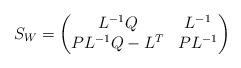
LaTeX: \begin{align*}S_{W}=\begin{pmatrix}L^{-1}Q & L^{-1}\\PL^{-1}Q-L^{T} & PL^{-1}\end{pmatrix} \end{align*}